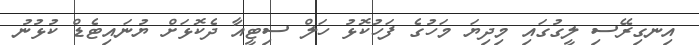
އިނގިރޭސި ލީގުގައި މިދިޔަ މަހުގެ ފަހުކޮޅު ހަލް ސިޓީއާ ދެކޮޅަށް ޔުނައިޓެޑް ކުޅުނު